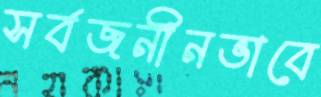
সর্বজনীনভাবে